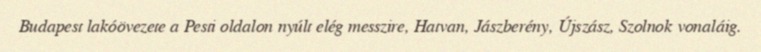
Budapest lakóövezete a Pesti oldalon nyúlt elég messzire, Hatvan, Jászberény, Újszász, Szolnok vonaláig.